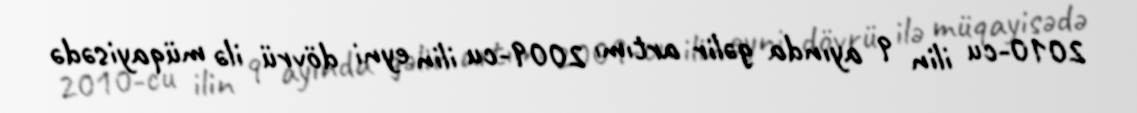
2010-cu ilin 9 ayında gəlir artımı 2009-cu ilin eyni dövrü ilə müqayisədə